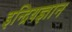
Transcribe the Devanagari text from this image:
इन्द्रियज्ञान